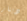
دينار